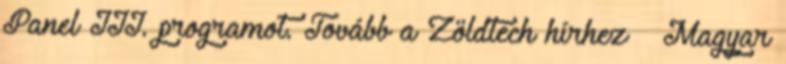
Panel III. programot. Tovább a Zöldtech hírhez → Magyar